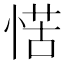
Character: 𭝩